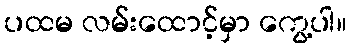
ပထမ လမ်းထောင့်မှာ ကွေ့ပါ။